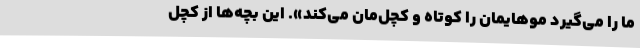
ما را می‌گیرد موهایمان را کوتاه و کچل‌مان می‌کند». این بچه‌ها از کچل